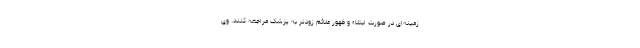
زمینه‌ای در صورت ابتلاء و ظهور علائم زودتر به پزشک مراجعه کنند. وی